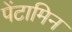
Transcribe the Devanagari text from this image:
पेंटामिन